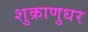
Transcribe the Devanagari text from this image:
शुक्राणुधर